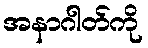
အနာဂါတ်ကို